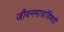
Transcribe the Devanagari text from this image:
जीवनमात्रांविषयी